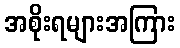
အစိုးရများအကြား